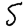
Digit: 5